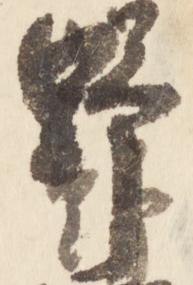
野